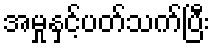
အမှုနှင့်ပတ်သက်ပြီး